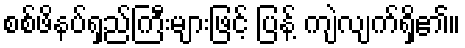
စစ်ဖိနပ်ရှည်ကြီးများဖြင့် ပြန့် ကျဲလျက်ရှိ၏။